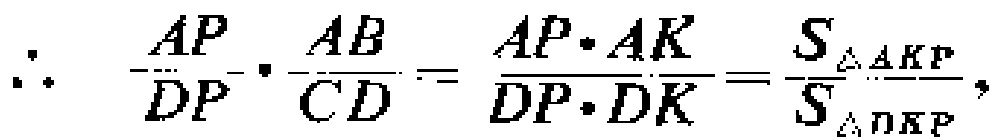
\(\therefore\quad \frac{AP}{DP}\cdot\frac{AB}{CD}=\frac{AP\cdot AK}{DP\cdot DK}=\frac{S_{\triangle AKP}}{S_{\triangle DKP}},\)